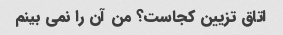
اتاق تزیین کجاست؟ من آن را نمی بینم